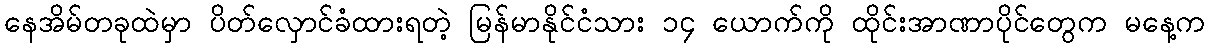
နေအိမ်တခုထဲမှာ ပိတ်လှောင်ခံထားရတဲ့ မြန်မာနိုင်ငံသား ၁၄ ယောက်ကို ထိုင်းအာဏာပိုင်တွေက မနေ့က